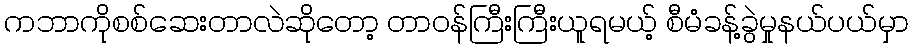
ကဘာကိုစစ်ဆေးတာလဲဆိုတော့ တာဝန်ကြီးကြီးယူရမယ့် စီမံခန့်ခွဲမှုနယ်ပယ်မှာ